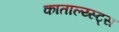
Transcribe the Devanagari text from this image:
काताल्य्स्ट्स